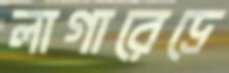
লাগারেদ্রে